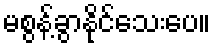
မစွန့်ခွာနိုင်သေးပေ။